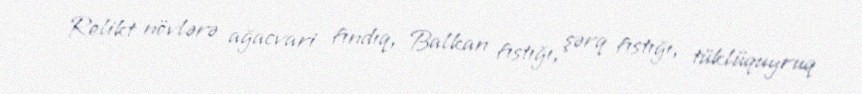
Relikt növlərə ağacvari fındıq, Balkan fıstığı, şərq fıstığı, tüklüquyruq